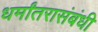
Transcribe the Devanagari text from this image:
धर्मांतरासंबंधी